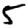
Digit: 5